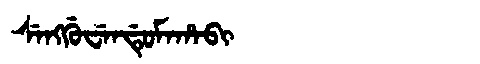
Manchu: ᠰᡝᠩᡤᡠᠸᡝᠨᡩᡠᠮᠠᡥᠠᠪᡳ
Romanization: SENGGUWENDUMAHABI